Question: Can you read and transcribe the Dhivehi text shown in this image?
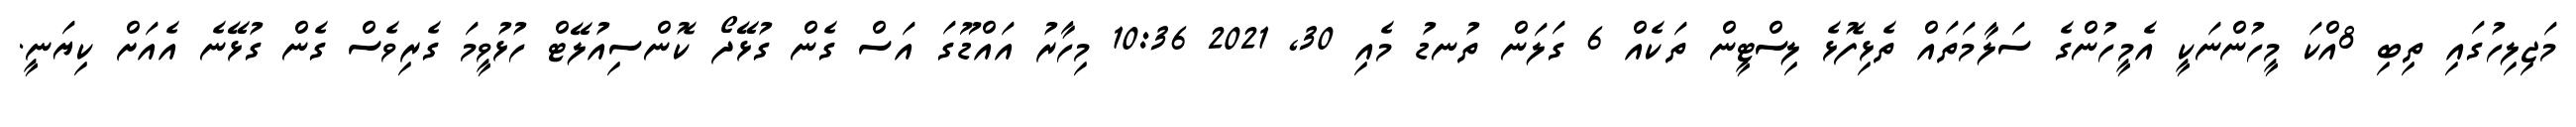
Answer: މަޖިލިހުގައި ތިބި 8އްކަ މީހުންނަކީ އެމީހުންގެ ސަލާމަތައް ތެޅިފޮޅެ ލިސްޓީން ތަކެއް 6 ގަލަން ތުނޑު މެއި 30, 2021 10:36 މިހާރު އައްޑޫގަ އަސް ގެން ގުޅޭދޯ ކޮންސިއުލޭޓް ހުޅުވީމަ ގެރިވެސް ގެން ގުޅޭނެ އެއަށް ކިޔަނީ.